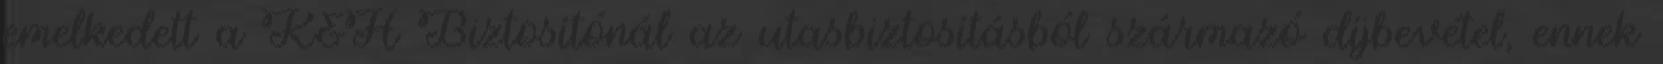
emelkedett a K&H Biztosítónál az utasbiztosításból származó díjbevétel, ennek